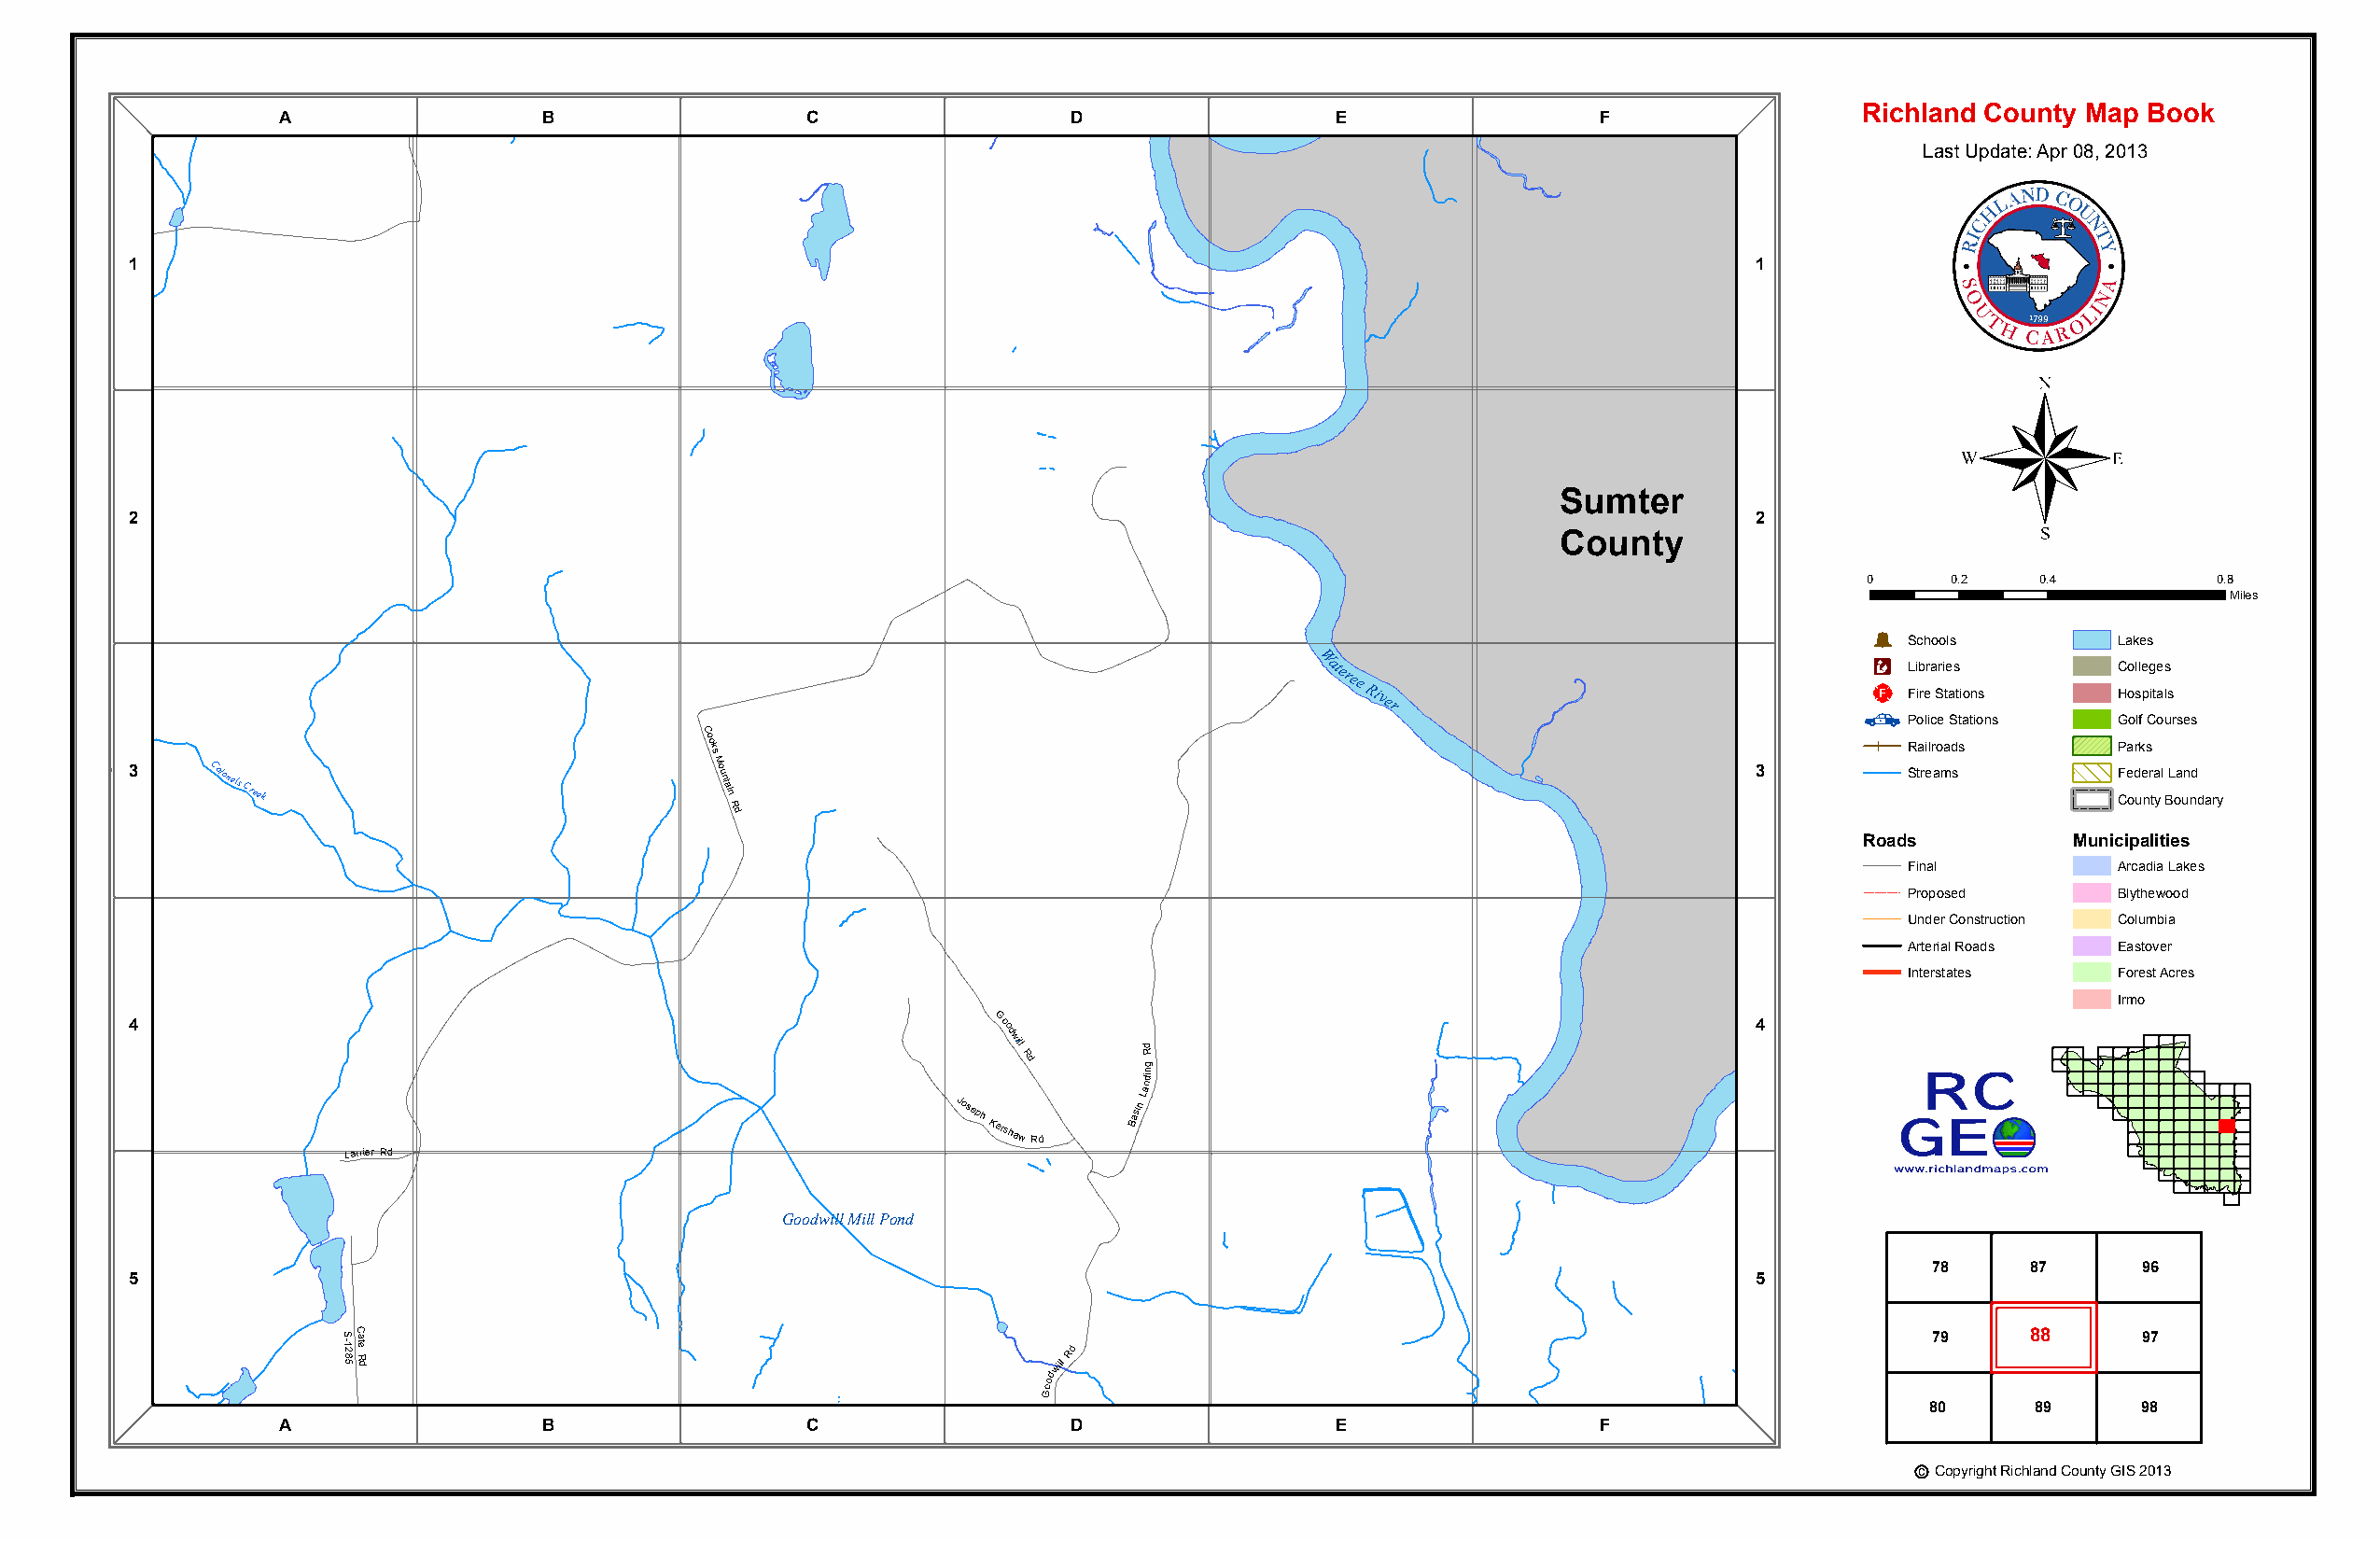
Sumter
 County
 Richland County Map Book
 A                 B                  C                  D                  E                 F
 Last Update: Apr 08, 2013
 1                                                                                                                   1
 ®
 Sumter
 2                                                                                                                   2
 County
 0     0.2    0.4         0.8
 Miles
 Þ
 Schools        Lakes
 Æc
 Wateree
 River
 _¨
 L Fi ib rera Sri te as
 tions
 C Ho ol sle pg ite as
 ls
 C
 Police Stations Golf Courses
 ooks
 M
 Railroads      Parks
 3     Colonels
 Creek
 ountain
 R
 3         Streams        CFe od ue nr ta
 y
 l BL oa un nd
 dary
 d
 Roads          Municipalities
 Final          Arcadia Lakes
 Proposed       Blythewood
 Under Construction Columbia
 Arterial Roads Eastover
 Interstates    Forest Acres
 Irmo
 4
 Joseph
 KG ero sod
 hw aill
 w
 Rd
 Rd
 Basin
 Lad nR
 g din
 4
 Wateree
 River
 Lanier Rd
 Goodwill Mill Pond
 78     87      96
 5                                                                                                                   5
 S -12 85C ate
 R d                                               will
 Rd
 79     88      97
 d
 o
 o
 G
 80     89      98
 A                 B                  C                  D                  E                 F
 c Copyright Richland County GIS 2013
 Robert James Rd
 Colonels
 Creek